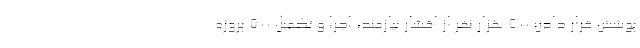
پوشش قرار دادن ۵۰۰ هزار نفر از اقشار نیازمند، اجرا و تکمیل ۵۰۰ پروژه